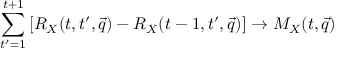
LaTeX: \sum _ { t ^ { \prime } = 1 } ^ { t + 1 } \left[ R _ { X } ( t , t ^ { \prime } , \vec { q } ) - R _ { X } ( t - 1 , t ^ { \prime } , \vec { q } ) \right] \to M _ { X } ( t , \vec { q } )